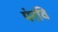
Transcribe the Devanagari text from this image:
पंरवि